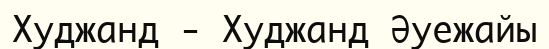
Худжанд - Худжанд Әуежайы